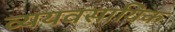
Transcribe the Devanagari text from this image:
व्ययवसायिक